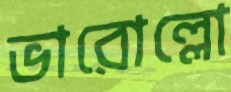
ভারোল্লো